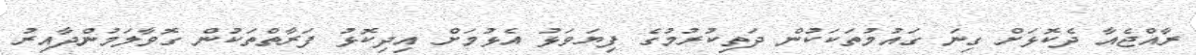
ރާއްޖެއާ ދެކޮޅަށް ގިނަ ގައުމުތަކަކުން ދަތިކުރުމުގެ ފިޔަވަޅު އެޅުމަށް އިދިކޮޅު ފަރާތްތަކުން ގޮވާލަމުންދާއިރު